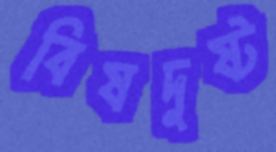
বিষদুষ্ট